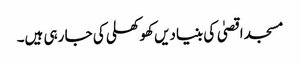
مسجد اقصیٰ کی بنیادیں کھوکھلی کی جا رہی ہیں۔